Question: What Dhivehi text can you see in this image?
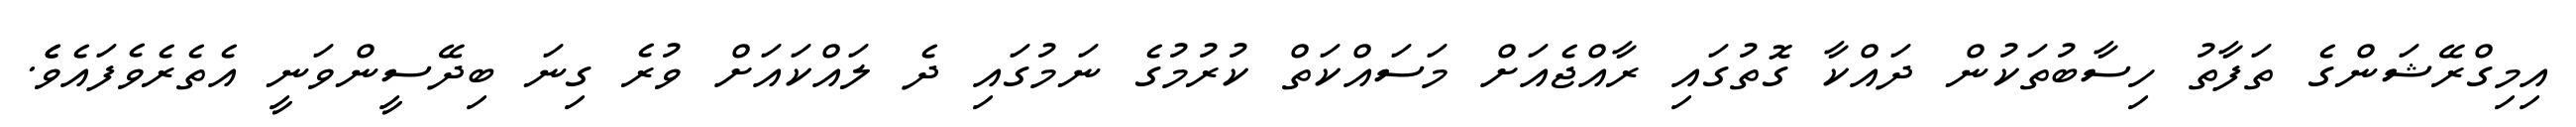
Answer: އިމިގްރޭޝަންގެ ތަފާތު ހިސާބުތަކުން ދައްކާ ގޮތުގައި ރާއްޖެއަށް މަސައްކަތް ކުރުމުގެ ނަމުގައި ދެ ލައްކައަށް ވުރެ ގިނަ ބިދޭސީންވަނީ އެތެރެވެފައެވެެ.